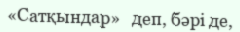
«Сатқындар»   деп, бәрі де,